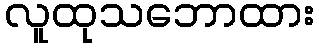
လူထုသဘောထား